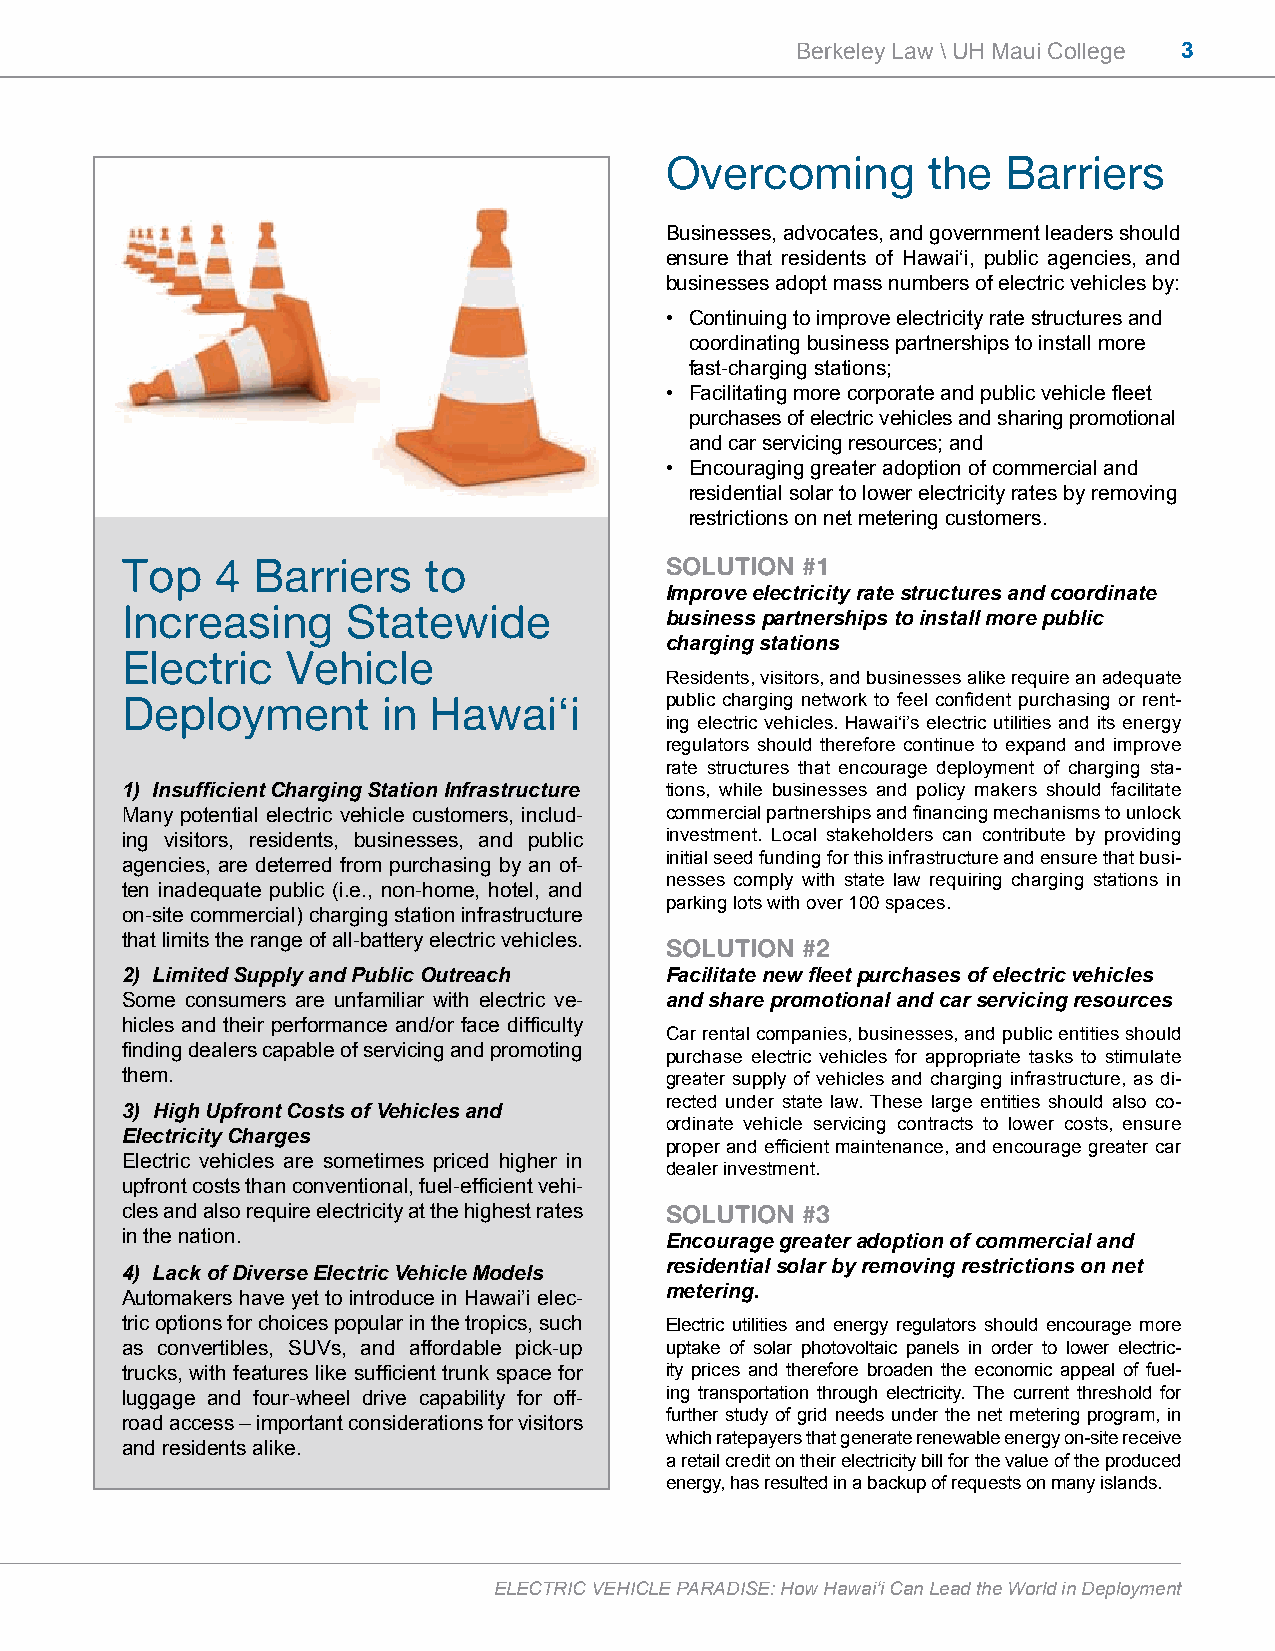
Berkeley Law \ UH Maui College 3
 Overcoming       the   Barriers
 Businesses, advocates, and government leaders should
 ensure that residents of Hawai‘i, public agencies, and
 businesses adopt mass numbers of electric vehicles by:
 • Continuing to improve electricity rate structures and
 coordinating business partnerships to install more
 fast-charging stations;
 • Facilitating more corporate and public vehicle fleet
 purchases of electric vehicles and sharing promotional
 and car servicing resources; and
 • Encouraging greater adoption of commercial and
 residential solar to lower electricity rates by removing
 restrictions on net metering customers.
 Top   4  Barriers   to              SOLUTION #1
 Improve electricity rate structures and coordinate
 Increasing     Statewide
 business partnerships to install more public
 charging stations
 Electric   Vehicle
 Residents, visitors, and businesses alike require an adequate
 Deployment       in Hawai‘i         public charging network to feel confident purchasing or rent-
 ing electric vehicles. Hawai‘i’s electric utilities and its energy
 regulators should therefore continue to expand and improve
 rate structures that encourage deployment of charging sta-
 1) Insufficient Charging Station Infrastructure tions, while businesses and policy makers should facilitate
 Many potential electric vehicle customers, includ- commercial partnerships and financing mechanisms to unlock
 ing visitors, residents, businesses, and public investment. Local stakeholders can contribute by providing
 initial seed funding for this infrastructure and ensure that busi-
 agencies, are deterred from purchasing by an of-
 nesses comply with state law requiring charging stations in
 ten inadequate public (i.e., non-home, hotel, and
 parking lots with over 100 spaces.
 on-site commercial) charging station infrastructure
 that limits the range of all-battery electric vehicles. SOLUTION #2
 2) Limited Supply and Public Outreach Facilitate new fleet purchases of electric vehicles
 Some consumers are unfamiliar with electric ve- and share promotional and car servicing resources
 hicles and their performance and/or face difficulty
 Car rental companies, businesses, and public entities should
 finding dealers capable of servicing and promoting
 purchase electric vehicles for appropriate tasks to stimulate
 them.                               greater supply of vehicles and charging infrastructure, as di-
 rected under state law. These large entities should also co-
 3) High Upfront Costs of Vehicles and
 ordinate vehicle servicing contracts to lower costs, ensure
 Electricity Charges
 proper and efficient maintenance, and encourage greater car
 Electric vehicles are sometimes priced higher in
 dealer investment.
 upfront costs than conventional, fuel-efficient vehi-
 cles and also require electricity at the highest rates SOLUTION #3
 in the nation.
 Encourage greater adoption of commercial and
 residential solar by removing restrictions on net
 4) Lack of Diverse Electric Vehicle Models
 Automakers have yet to introduce in Hawai’i elec- metering.
 tric options for choices popular in the tropics, such Electric utilities and energy regulators should encourage more
 as convertibles, SUVs, and affordable pick-up uptake of solar photovoltaic panels in order to lower electric-
 trucks, with features like sufficient trunk space for ity prices and therefore broaden the economic appeal of fuel-
 luggage and four-wheel drive capability for off- ing transportation through electricity. The current threshold for
 further study of grid needs under the net metering program, in
 road access – important considerations for visitors
 which ratepayers that generate renewable energy on-site receive
 and residents alike.
 a retail credit on their electricity bill for the value of the produced
 energy, has resulted in a backup of requests on many islands.
 ELECTRIC VEHICLE PARADISE: How Hawai‘i Can Lead the World in Deployment